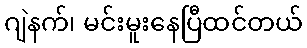
ဂျဲနက်၊ မင်းမူးနေပြီထင်တယ်